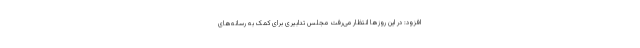
افزود: در این روزها انتظار می­‌رفت مجلس تدابیری برای کمک به رسانه‌های